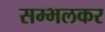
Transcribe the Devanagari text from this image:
सम्भलकर